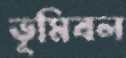
ভূমিবল